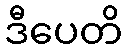
ဒီပေတိ